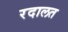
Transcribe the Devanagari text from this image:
रदालत